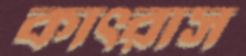
কাৎরাস